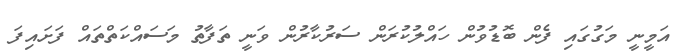
އަމީނީ މަގުގައި ފެން ބޮޑުވުން ހައްލުކުރަން ސަރުކާރުން ވަނީ ތަފާތު މަސައްކަތްތައް ފަށައިފަ